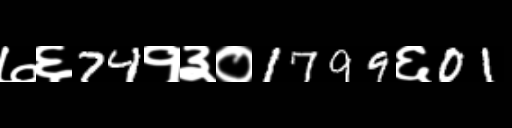
Text: ७६74१३०1799६01